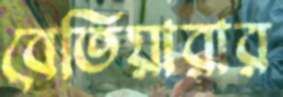
বেতিয়ারার